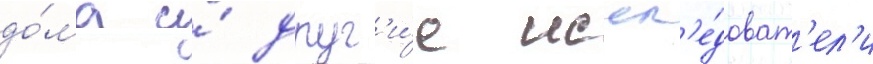
до́ма и́ друг'и́е иссл'е́доват'ел'и